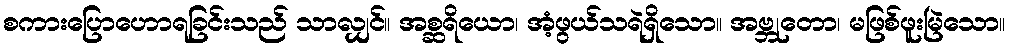
စကားပြောဟောရခြင်းသည် သာလျှင်။ အစ္ဆရိယော၊ အံ့ဖွယ်သရဲရှိသော။ အဗ္ဘုတော၊ မဖြစ်ဖူးမြဲသော။